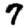
Digit: 7